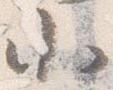
小